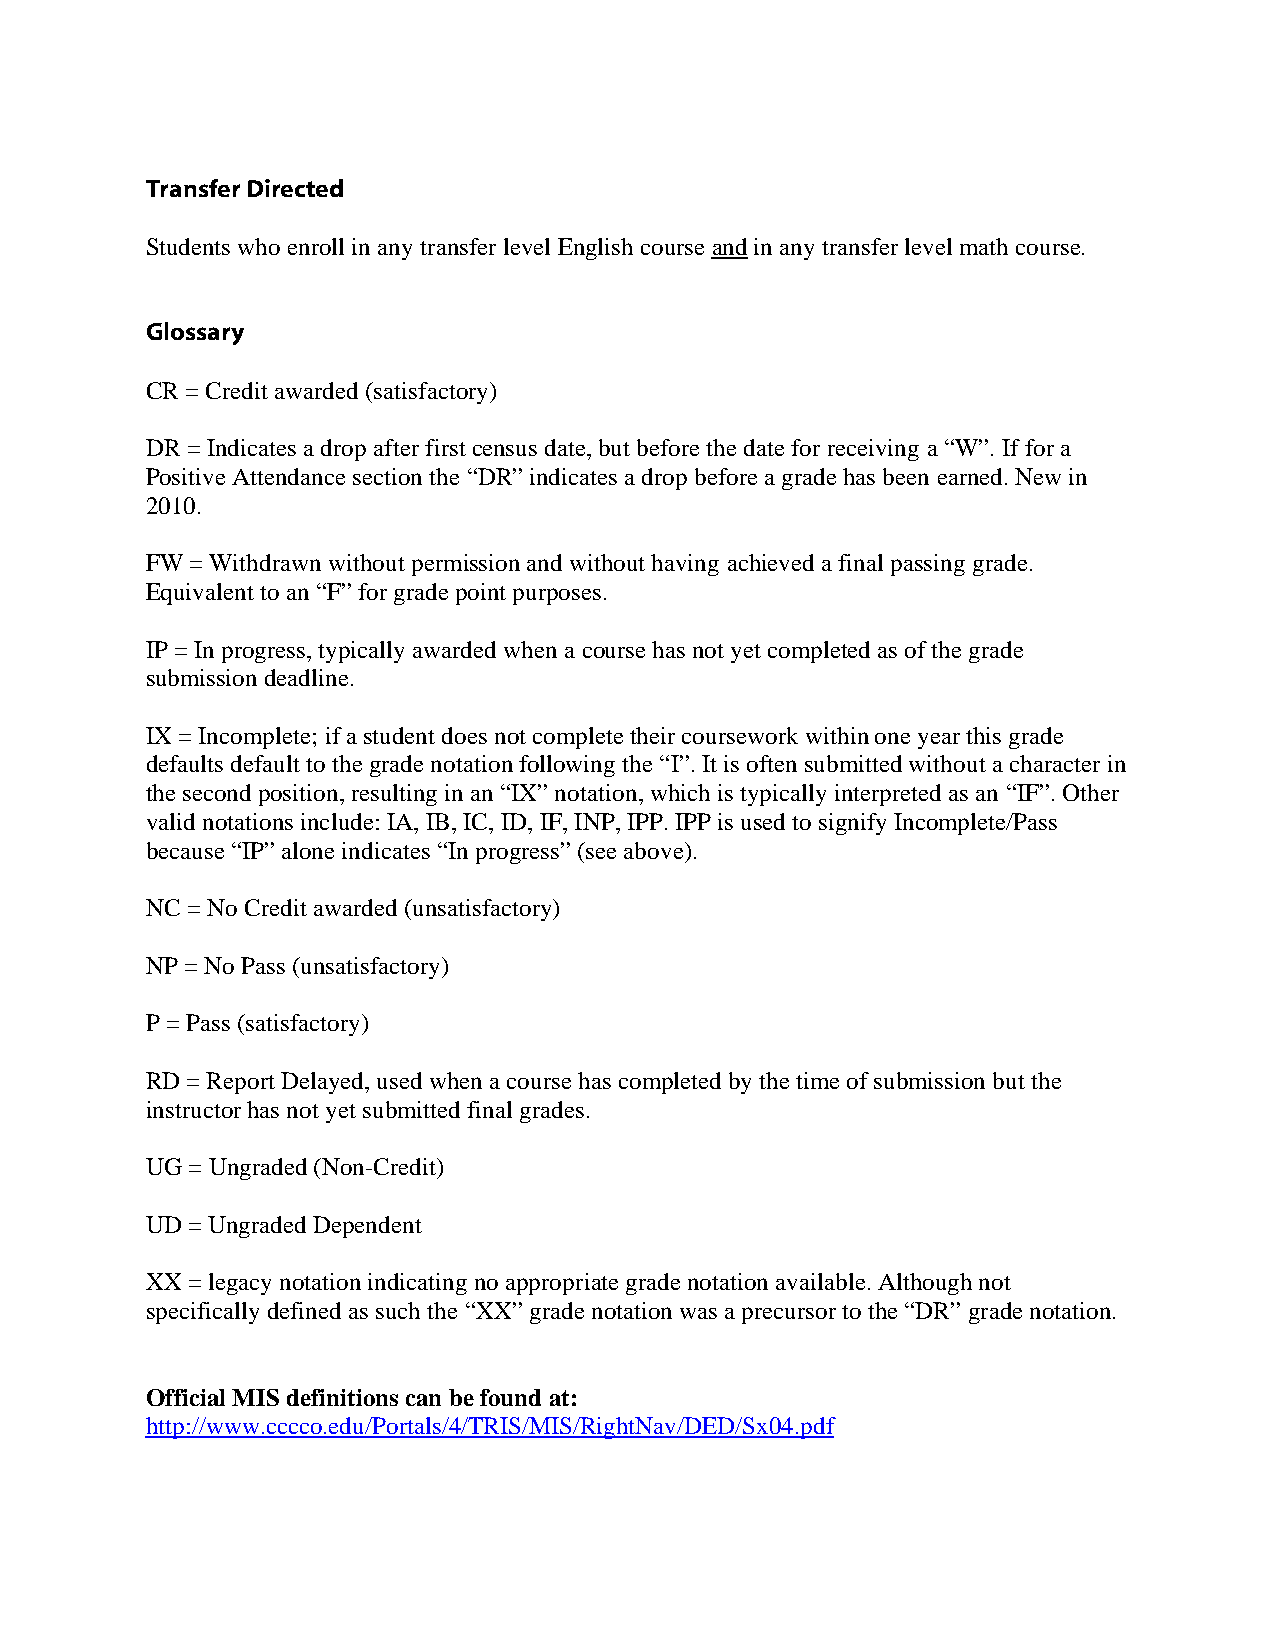
Transfer Directed
 Students who enroll in any transfer level English course and in any transfer level math course.
 Glossary
 CR = Credit awarded (satisfactory)
 DR = Indicates a drop after first census date, but before the date for receiving a “W”. If for a
 Positive Attendance section the “DR” indicates a drop before a grade has been earned. New in
 2010.
 FW = Withdrawn without permission and without having achieved a final passing grade.
 Equivalent to an “F” for grade point purposes.
 IP = In progress, typically awarded when a course has not yet completed as of the grade
 submission deadline.
 IX = Incomplete; if a student does not complete their coursework within one year this grade
 defaults default to the grade notation following the “I”. It is often submitted without a character in
 the second position, resulting in an “IX” notation, which is typically interpreted as an “IF”. Other
 valid notations include: IA, IB, IC, ID, IF, INP, IPP. IPP is used to signify Incomplete/Pass
 because “IP” alone indicates “In progress” (see above).
 NC = No Credit awarded (unsatisfactory)
 NP = No Pass (unsatisfactory)
 P = Pass (satisfactory)
 RD = Report Delayed, used when a course has completed by the time of submission but the
 instructor has not yet submitted final grades.
 UG = Ungraded (Non-Credit)
 UD = Ungraded Dependent
 XX = legacy notation indicating no appropriate grade notation available. Although not
 specifically defined as such the “XX” grade notation was a precursor to the “DR” grade notation.
 Official MIS definitions can be found at:
 http://www.cccco.edu/Portals/4/TRIS/MIS/RightNav/DED/Sx04.pdf